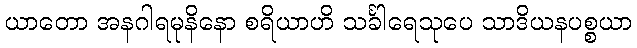
ယာတော အနဂါရမုနိနော စရိယာဟိ သင်္ခါရေသုပေ သာဒိယနပစ္စယာ